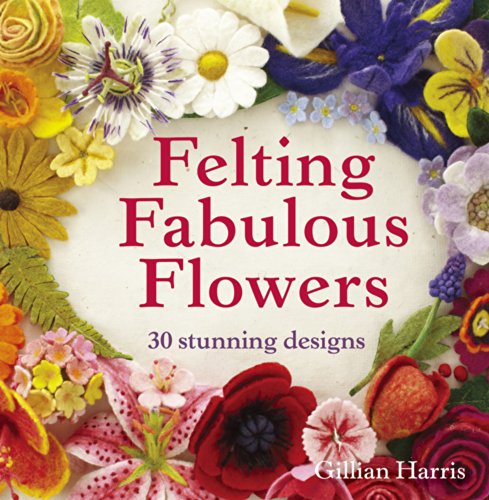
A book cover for Felting Fabulous Flowers: 30 Stunning Designs; Gillian Harris; Crafts, Hobbies & Home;